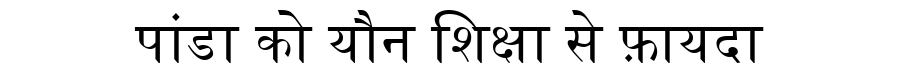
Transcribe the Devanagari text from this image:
पांडा को यौन शिक्षा से फ़ायदा